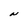
Character: N